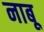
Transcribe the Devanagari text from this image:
नाबू